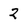
Character: 2